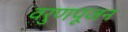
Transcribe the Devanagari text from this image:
वरुणपूजन